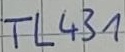
Text: TL431